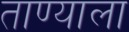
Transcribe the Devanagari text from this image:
ताण्याला